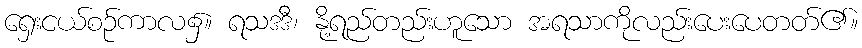
ရှေးငယ်စဉ်ကာလ၌။ ရသဒဒီ၊ နို့ရည်တည်းဟူသော အရသာကိုလည်းပေးပေတတ်၏။